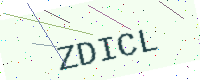
Text: ZDICL